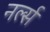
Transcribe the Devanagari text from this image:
नर्ल्स